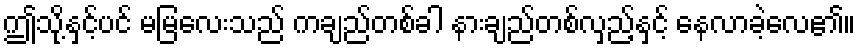
ဤသို့နှင့်ပင် မမြလေးသည် ကချည်တစ်ခါ နားချည်တစ်လှည့်နှင့် နေလာခဲ့လေ၏။